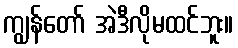
ကျွန်တော် အဲဒီလိုမထင်ဘူး။